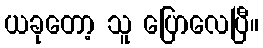
ယခုတော့ သူ ပြောလေပြီ။